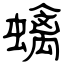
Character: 蠄